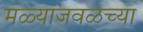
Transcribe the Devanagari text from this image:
मळ्यांजवळच्या